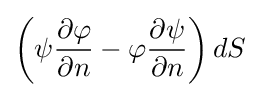
\left(\psi {\frac {\partial \varphi }{\partial n}}-\varphi {\frac {\partial \psi }{\partial n}}\right)dS